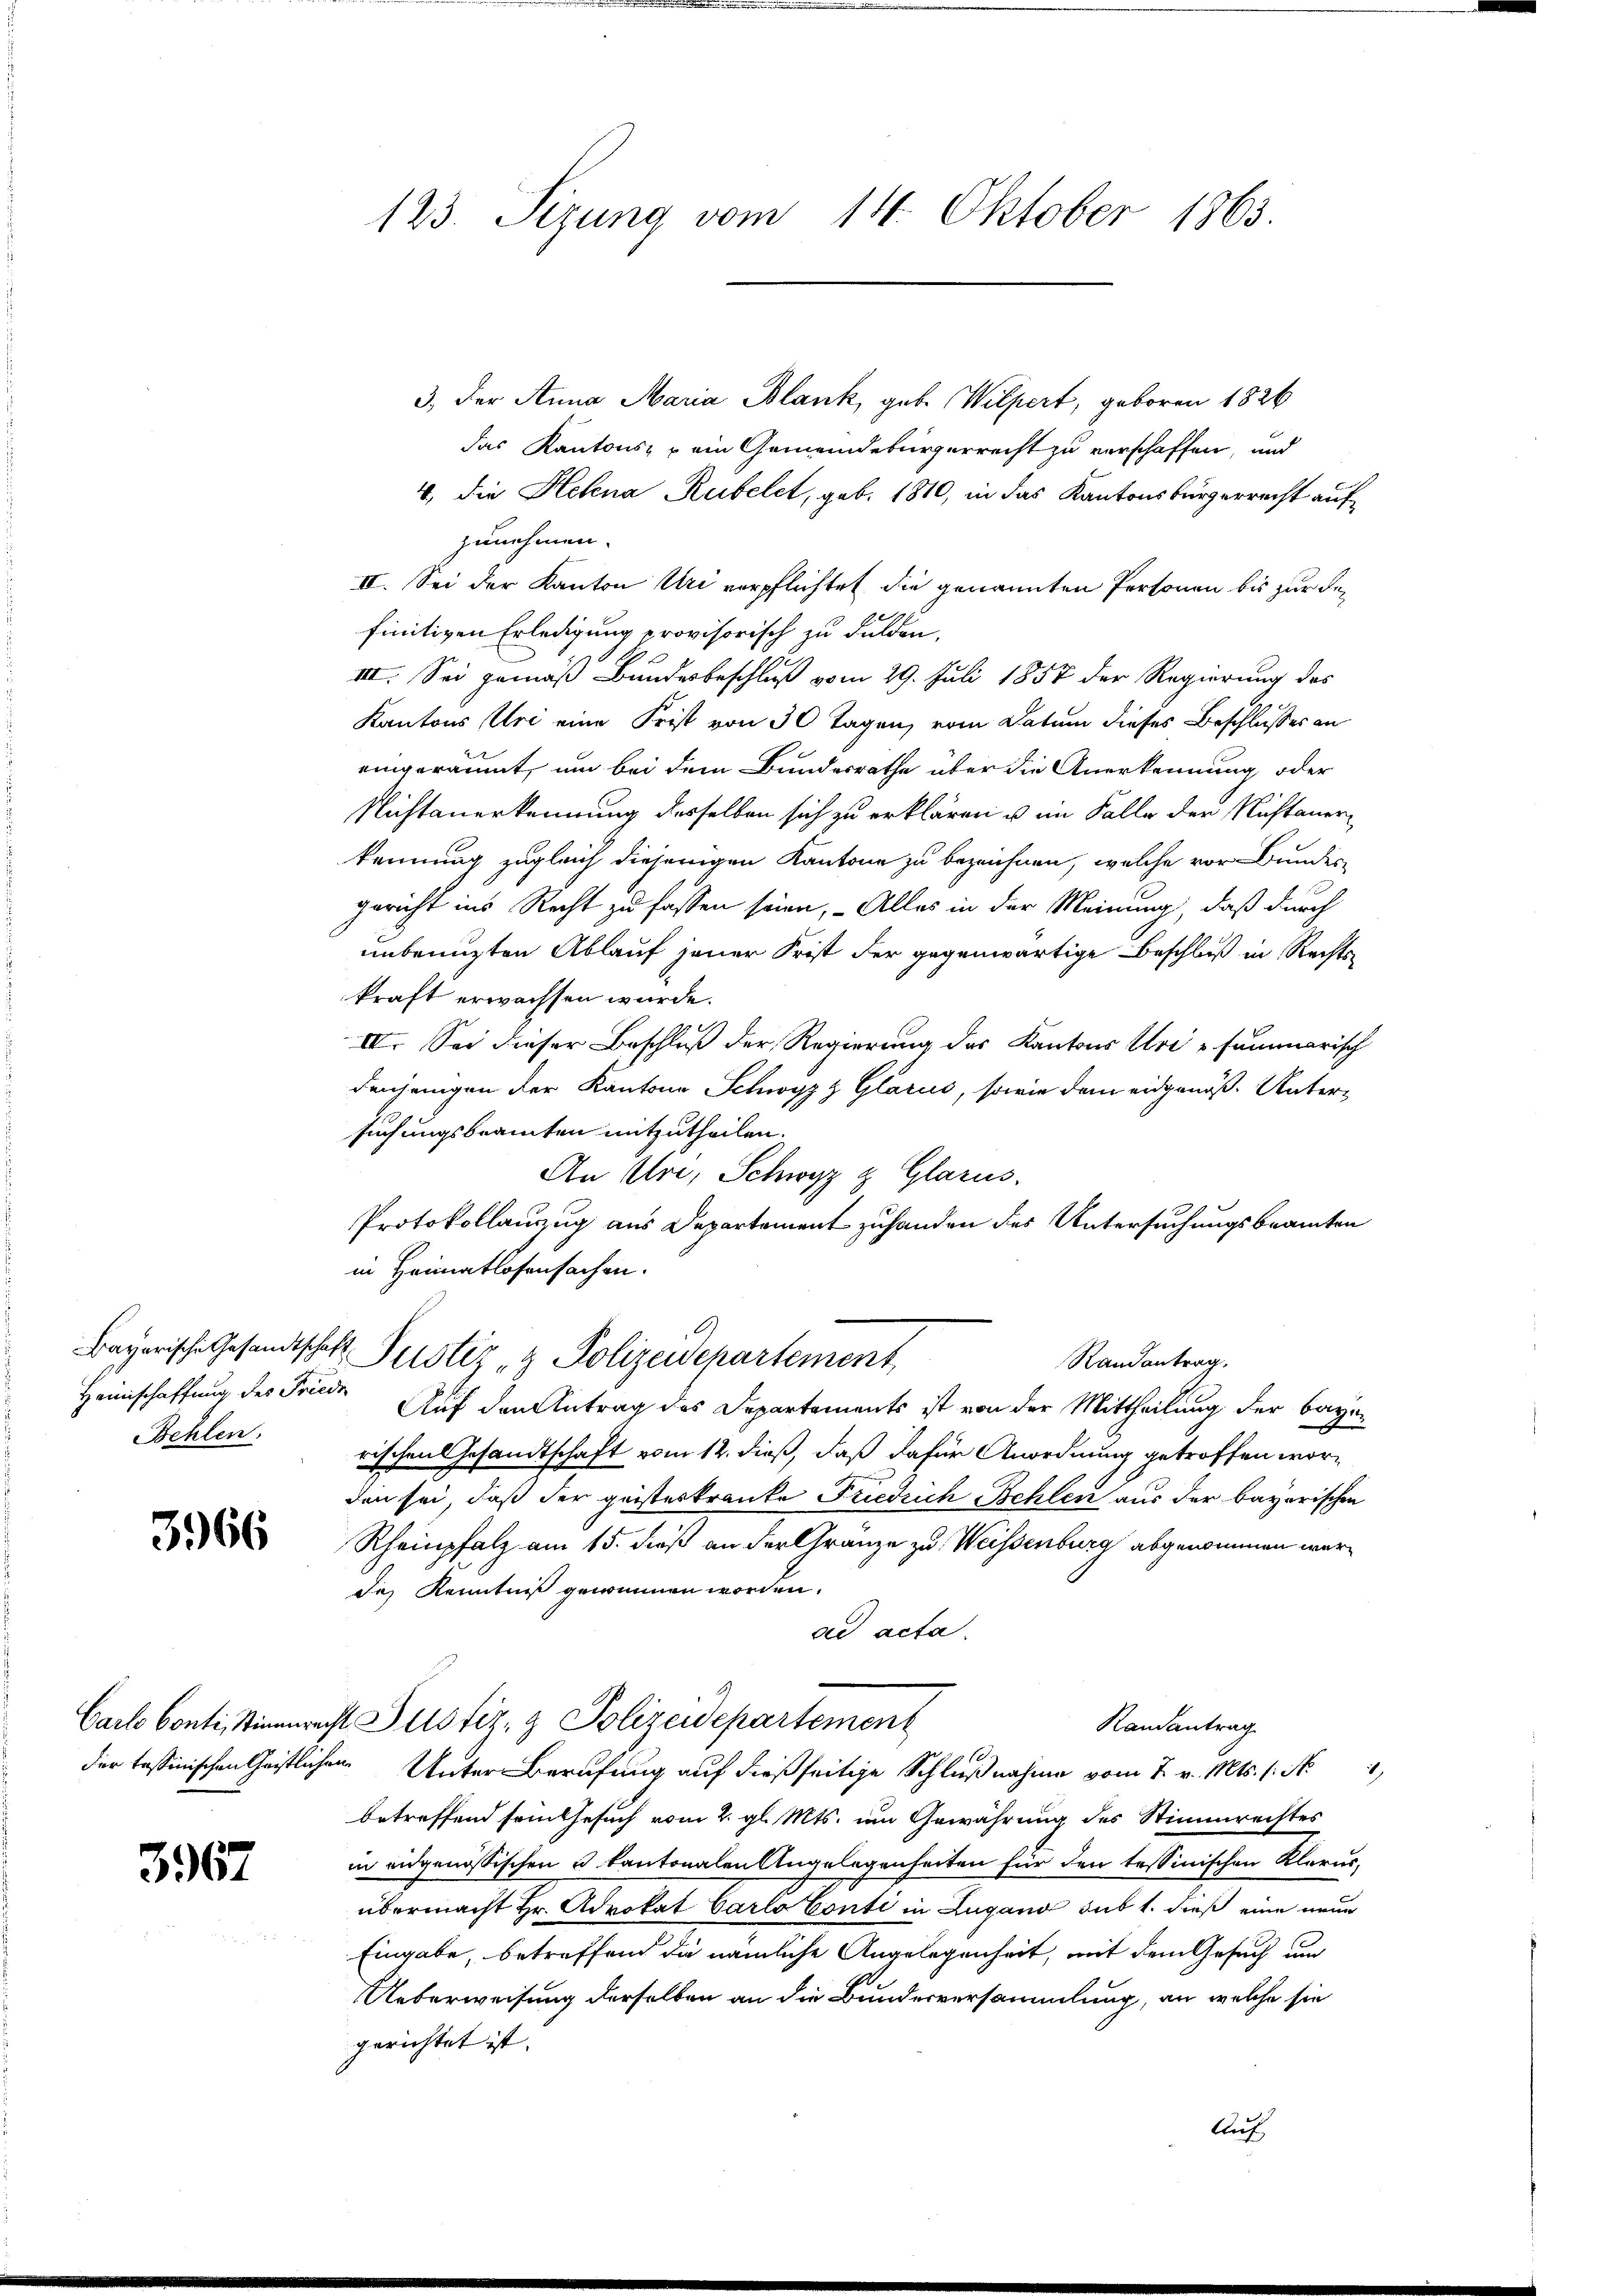
Heimschaffung des Friede
Behlen.

3966

3967

123. Sizung vom 14. Oktober 1863.

3. Der Anna Maria Blank, geb. Wilpert, geboren 1826
das Kantons- u ein Gemeindebürgerrecht zu verschaffen, und
4., die Helena Rubelet, geb. 1810, in das Kantonsbürgerrecht aufzunehmen.
II. Sei der Kanton Uri verpflichtet die genannten Personen bis zur Refinitiven Erledigung provisorisch zu Fulden,
III. Sei gemäß Bundesbeschluß vom 29. Juli 1857 der Regierung des
Kantons Uri eine Frist von 30 Tagen, vom Datum dieses Beschlußes an
eingeräumt, um bei dem Bundesrathe über die Anerkennung oder
Nichtanerkennung desselben sich zu erklären u im Falle der Nichtanerkennung zugleich diejenigen Kantone zu bezeichnen, welche vor Bundes-
gericht ins Recht zu fassen seien, – Alles in der Meinung, daß durch
unbenuzten Ablauf jener Frist der gegenwärtige Beschluß in Rechtskraft erwachsen wurde.
IV. Sei dieser Beschluß der Regierung des Kantons Uri summarisch
Denjenigen der Kantone Schwyzz Glarus, sowie dem eidgenöß- Untersuchungsbeamten mitzutheilen.
An Uri, Schwyz & Glarus.
Protokollanzug aus Departement zuhanden des Untersuchungsbeamten
in Heimatlosensachen.
Bayerische Gesandtschaft Zustiz & Polizeidepartement
Randantrag.
Auf den Antrag des Departements ist von der Mittheilung der bayirischen Gesandtschaft vom 12. dieß, daß dafür Anordnung getroffen worden sei, daß der geisteskranke Friedrich Behlen aus der bayerischen
Rheinpfalz am 15. dieß an der Gränze zu Weissenburg abgenommen werde Kenntniß gewinnen worden.
ad acta.
Carlo Conti, Stimmrecht Zustiz- & Polizeidepartement
Randantrag
10
der tessinischen Christlichen Unter Berufung auf dießseitige Schlußnahme vom 2. v. Mts. (: N
betreffend sein Gesuch vom 2. gl. Mts. um Gewährung des Stimmrechtes
in eidgenössischen u. kantonalen Angelegenheiten für den tessinischen Klerus-
übermacht Hr. Advokat Carlo Conti in Lugang sub 1. dieß eine neue
Eingabe, betreffend die nämliche Angelegenheit, mit dem Gesuch um
Ueberweisung derselben an die Bundesversammlung, an welche sie
gerichtet ist. |
Auf